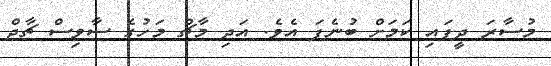
މުސާރަ ދީފައި ކަމަށް ބުނެފަ އެވެ. އަދި މާޗް މަހުގެ ސާވިސް ޗާޖް